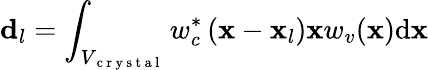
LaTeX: \textbf{d}_{l}=\int_{V_{\mathrm{~c~r~y~s~t~a~l~}}}w_{c}^{*}\left(\mathbf{x}-\mathbf{x}_{l}\right)\mathbf{x}w_{v}(\mathbf{x})\mathrm{d}\mathbf{x}